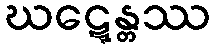
ဃဋ္ဋေန္တဿ